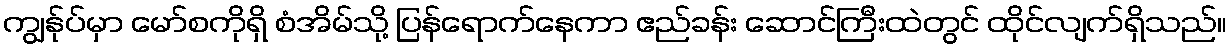
ကျွန်ုပ်မှာ မော်စကိုရှိ စံအိမ်သို့ ပြန်ရောက်နေကာ ဧည်ခန်း ဆောင်ကြီးထဲတွင် ထိုင်လျက်ရှိသည်။